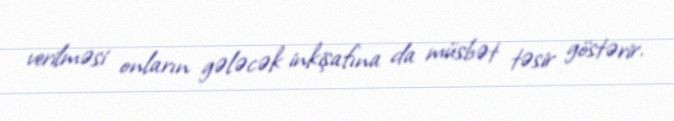
verilməsi onların gələcək inkişafına da müsbət təsir göstərir.